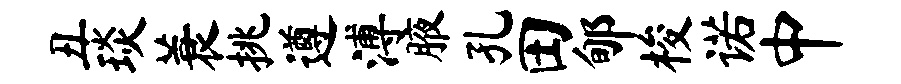
丑琰蓑挑遵溥腋孔田郇梭诺中